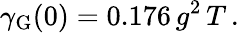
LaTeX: \gamma_{\mathrm{G}}(0)=0.176\, g^{2}\, T\, .